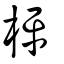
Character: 枰